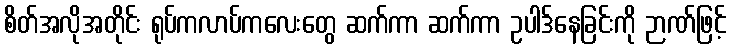
စိတ်အလိုအတိုင်း ရုပ်ကလာပ်ကလေးတွေ ဆက်ကာ ဆက်ကာ ဥပါဒ်နေခြင်းကို ဉာဏ်ဖြင့်